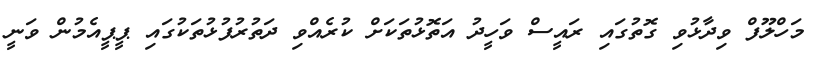
މަހްލޫފް ވިދާޅުވި ގޮތުގައި ރައީސް ވަހީދު އަތޮޅުތަކަށް ކުރެއްވި ދަތުރުފުޅުތަކުގައި ޕީޕީއެމުން ވަނީ